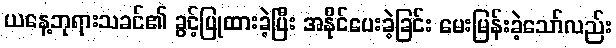
ယနေ့ဘုရားသခင်၏ ခွင့်ပြုထားခဲ့ပြီး အနိုင်ပေးခဲ့ခြင်း မေးမြန်းခဲ့သော်လည်း